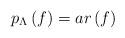
LaTeX: \begin{align*}p_{\Lambda}\left( f\right) =ar\left( f\right) \end{align*}